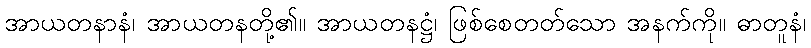
အာယတနာနံ၊ အာယတနတို့၏။ အာယတနဋ္ဌံ၊ ဖြစ်စေတတ်သော အနက်ကို။ ဓာတူနံ၊